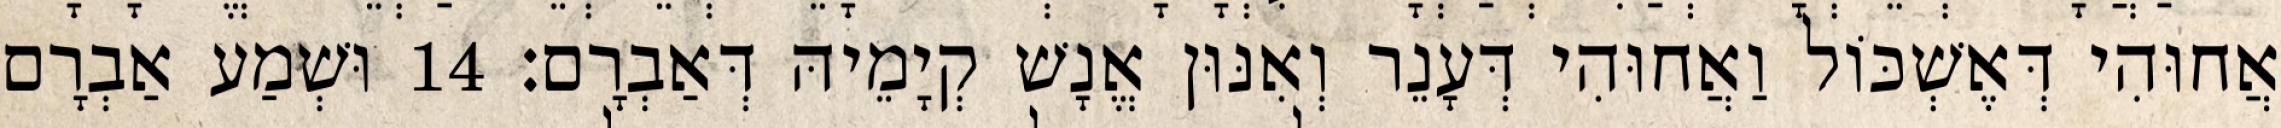
אֲחוּהִי דְּאֶשְׁכּוֹל וַאֲחוּהִי דְּעָנֵר וְאִנּוּן אֱנָשׁ קְיָמֵיהּ דְּאַבְרָם׃ 14 וּשְׁמַע אַבְרָם